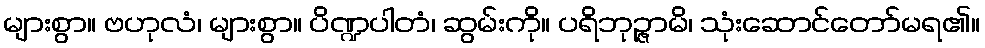
များစွာ။ ဗဟုလံ၊ များစွာ။ ပိဏ္ဍပါတံ၊ ဆွမ်းကို။ ပရိဘုဉ္ဇာမိ၊ သုံးဆောင်တော်မရ၏။